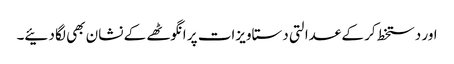
اور دستخط کر کے عدالتی دستاویزات پر انگوٹھے کے نشان بھی لگا دئیے۔